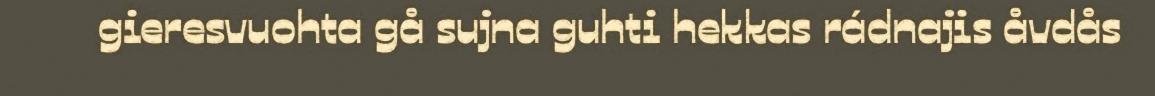
gieresvuohta gå sujna guhti hekkas rádnajis åvdås